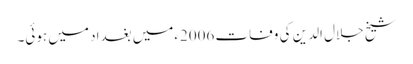
شیخ جلال الدین کی وفات 2006ءمیں بغداد میں ہوئی۔